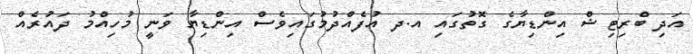
އަދި ބްރިޓިޝް އިންޑިޔާގެ ގޮތުގައި އ.ދ އުފެއްދުމުގައިވެސް އިންޑިޔާ ވަނީ މުހިއްމު ދައުރެއް